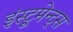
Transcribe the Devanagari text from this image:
इंस्ट्रुमेन्ट्स